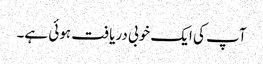
آپ کی ایک خوبی دریافت ہوئی ہے۔